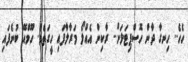
ހެހެ.. ހިނގާ ދާން ހޮސްޕިޓަލަށް.. ރާކިން އެއްލޯ މަރާލާފައި ހީގަތެވެ. ހޫމްއޭ ބުނެފައި